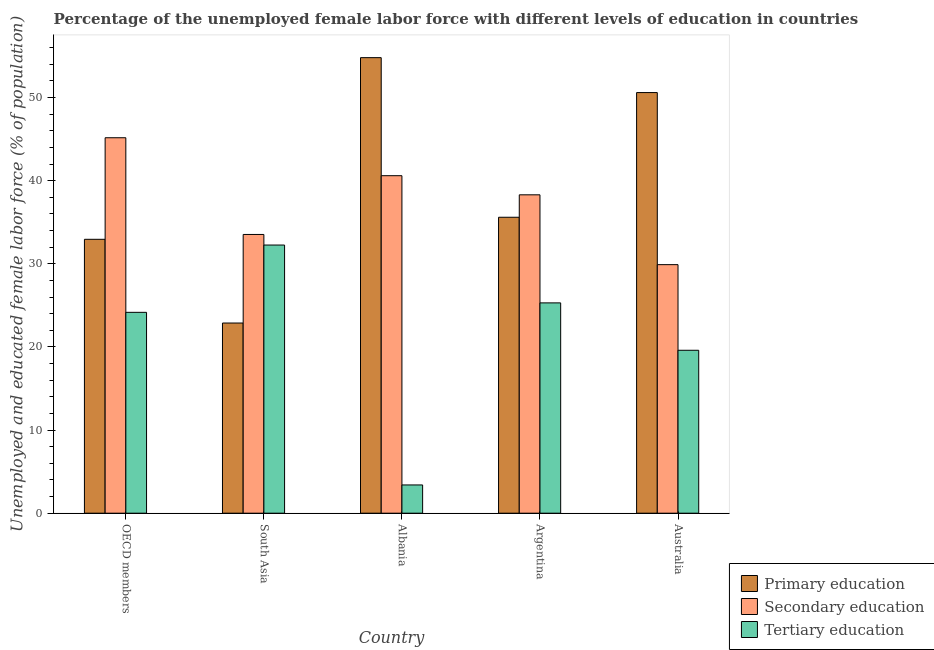
| Country | Primary education | Secondary education | Tertiary education |
 | --- | --- | --- | --- |
 | OECD members | 32.9 | 45.2 | 24.2 |
 | South Asia | 22.9 | 33.5 | 32.3 |
 | Albania | 54.8 | 40.6 | 3.4 |
 | Argentina | 35.6 | 38.3 | 25.3 |
 | Australia | 50.6 | 29.9 | 19.6 |